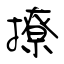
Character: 撩